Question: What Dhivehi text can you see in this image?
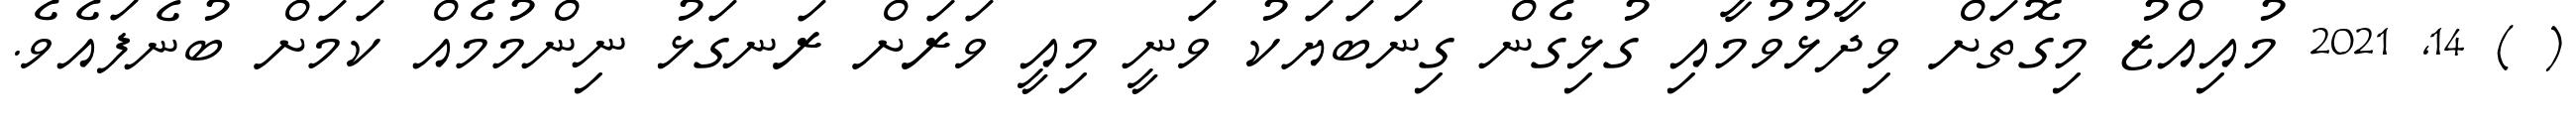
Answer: ( ) 14, 2021 މުއިއްޒު މިގޮތަށް ވިދާޅުވުމާއި ގުޅިގެން ގިނަބަޔަކު ވަނީ މިއީ ވަރަށް ރަނގަޅު ނިންމުމެއް ކަމަށް ބުނެފައެވެ.